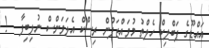
އައްޑޫގެ ޕަބްލިކް ހެލްތު މުވައްޒަފުން ރިސްކް އެލަވަންސް ނުލިބިފާ   !